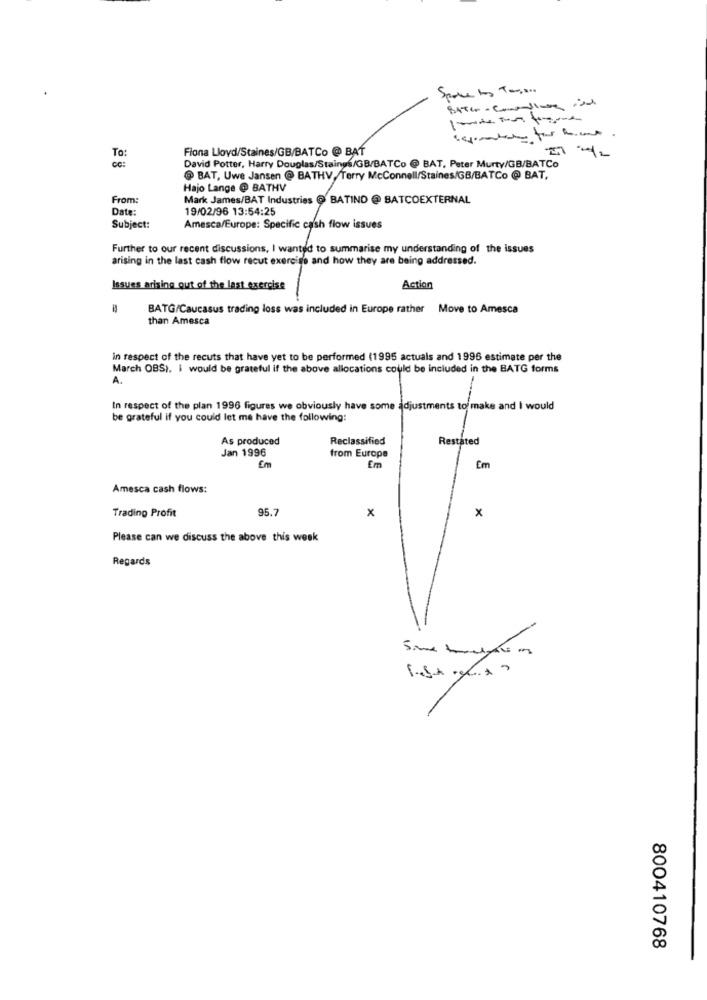
Fiona Lloyd/Staines/GB/BATCo @ BAT
To:
OG :
David Potter, Harry Douglas/Staings/GB/BATCo @ BAT, Peter Murty/GB/BATCo
@ BAT, Uwe Jansen @ BATHV, Terry McConnell/Staines/GB/BATCo @ BAT,
Hajo Lange @ BATHV
From:
Mark James/BAT Industries @ BATIND @ BATCOEXTERNAL
Date:
19/02/96 13:54:25
Subject:
Amesca/Europe: Specific cash flow issues
Further to our recent discussions, I wanted to summarise my understanding of the issues
arising in the last cash flow recut exercise and how they are being addressed.
Issues arising out of the last exercise
Action
BATG/Caucasus trading loss was included in Europe rather Move to Amesca
than Amesca
in respect of the recuts that have yet to be performed (1995 actuals and 1996 estimate per the
March OBS). I would be grateful if the above allocations could be included in the BATG forms
A.
In respect of the plan 1996 figures we obviously have some adjustments to make and I would
be grateful if you could let me have the following:
As produced
Reclassified
Restated
Jan 1996
from Europe
Em
Em
Em
Amesca cash flows:
95.7
x
Trading Profit
x
Please can we discuss the above this week
Regards
800410768